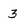
Character: 3